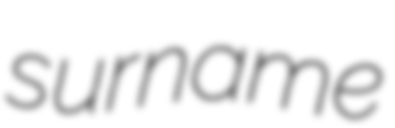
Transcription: surname